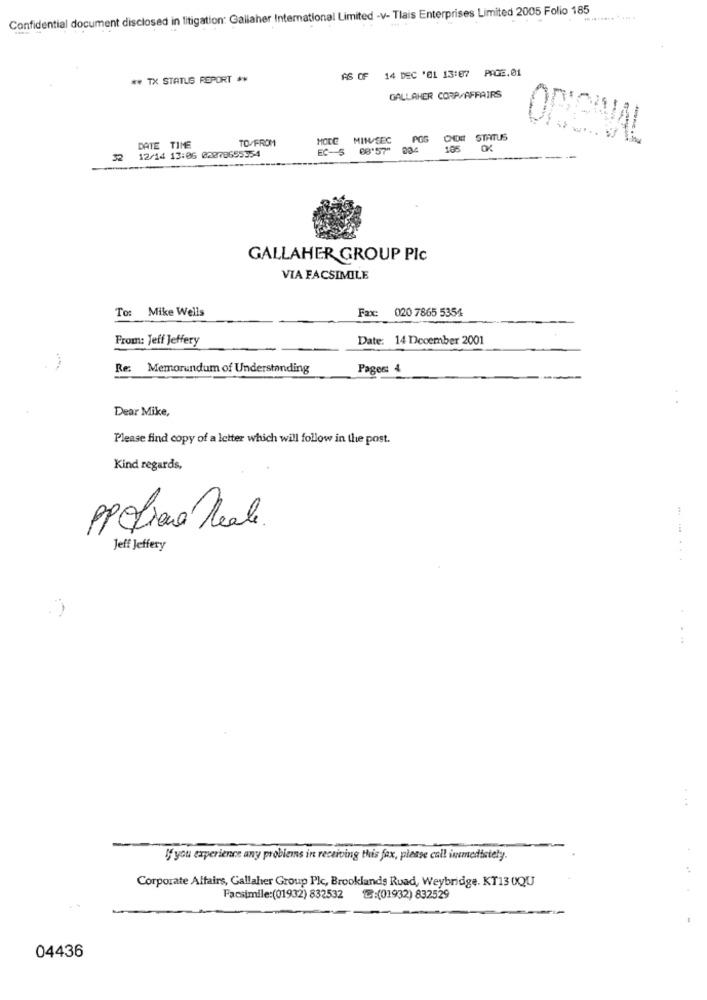
Confidential document disclosed in litigation: Gallaher International Limited -v- Tlais Enterprises Limited 2005 Folio 185
AS OF 14 DEC '01 13:07 PAGE.01
** TX STATUS REPORT **
GALLAHER CORP/AFFAIRS
TO/FROM
HOCC
MIW/SEC
POS
STATUS
ORIGINAL
DATE TIME
EC-5
68'57"
105
OK
12/14 13:06 03878655354
GALLAHER GROUP Plc
VIA FACSIMILE
To: Mike Wells
Fax:
020 7865 5354
From: Jeff Jeffery
Date: 14 December 2001
Re: Memorandum of Understanding
Pages: 4
Dear Mike,
Please find copy of a letter which will follow in the post.
Kind regards,
PPCtiene Reale
Jeff Jeffery
0
If you experience any problems in receiving this fax, please call immediately.
Corporate Affairs, Gallaher Group Plc, Brooklands Ruad, Weybridge. KT13 OQU
. .
Facsimile:(01932) 832532
℃:(01932) 832529
04436